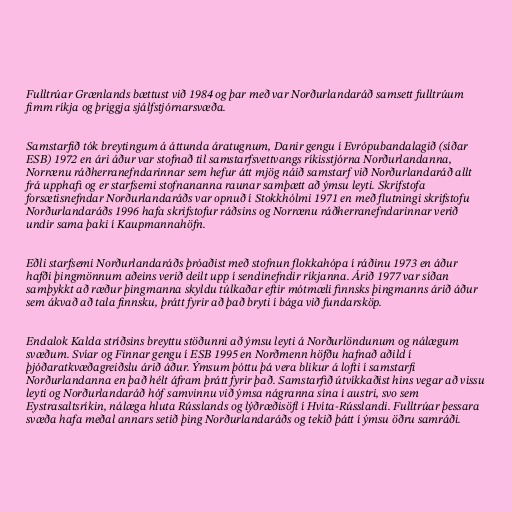
Fulltrúar Grænlands bættust við 1984 og þar með var Norðurlandaráð samsett fulltrúum
fimm ríkja og þriggja sjálfstjórnarsvæða.

Samstarfið tók breytingum á áttunda áratugnum, Danir gengu í Evrópubandalagið (síðar
ESB) 1972 en ári áður var stofnað til samstarfsvettvangs ríkisstjórna Norðurlandanna,
Norrænu ráðherranefndarinnar sem hefur átt mjög náið samstarf við Norðurlandaráð allt
frá upphafi og er starfsemi stofnananna raunar samþætt að ýmsu leyti. Skrifstofa
forsætisnefndar Norðurlandaráðs var opnuð í Stokkhólmi 1971 en með flutningi skrifstofu
Norðurlandaráðs 1996 hafa skrifstofur ráðsins og Norrænu ráðherranefndarinnar verið
undir sama þaki í Kaupmannahöfn.

Eðli starfsemi Norðurlandaráðs þróaðist með stofnun flokkahópa í ráðinu 1973 en áður
hafði þingmönnum aðeins verið deilt upp í sendinefndir ríkjanna. Árið 1977 var síðan
samþykkt að ræður þingmanna skyldu túlkaðar eftir mótmæli finnsks þingmanns árið áður
sem ákvað að tala finnsku, þrátt fyrir að það bryti í bága við fundarsköp.

Endalok Kalda stríðsins breyttu stöðunni að ýmsu leyti á Norðurlöndunum og nálægum
svæðum. Svíar og Finnar gengu í ESB 1995 en Norðmenn höfðu hafnað aðild í
þjóðaratkvæðagreiðslu árið áður. Ýmsum þóttu þá vera blikur á lofti í samstarfi
Norðurlandanna en það hélt áfram þrátt fyrir það. Samstarfið útvíkkaðist hins vegar að vissu
leyti og Norðurlandaráð hóf samvinnu við ýmsa nágranna sína í austri, svo sem
Eystrasaltsríkin, nálæga hluta Rússlands og lýðræðisöfl í Hvíta-Rússlandi. Fulltrúar þessara
svæða hafa meðal annars setið þing Norðurlandaráðs og tekið þátt í ýmsu öðru samráði.